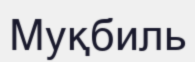
Муқбиль